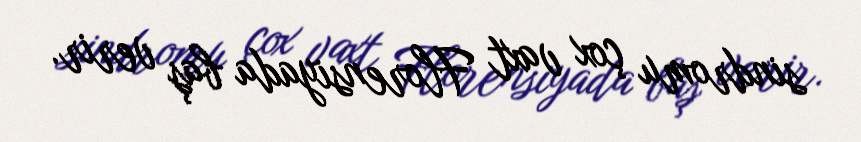
sindromu çox vaxt Florensiyada baş verir.